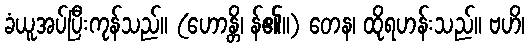
ခံယူအပ်ပြီးကုန်သည်။ (ဟောန္တိ၊ န်၏။) တေန၊ ထိုရဟန်းသည်။ ဗဟိ၊